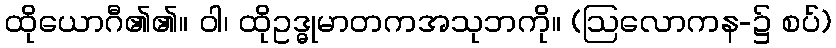
ထိုယောဂီ၏၏။ ဝါ၊ ထိုဥဒ္ဓုမာတကအသုဘကို။ (ဩလောကန-၌ စပ်)